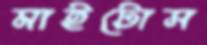
মাইটোস